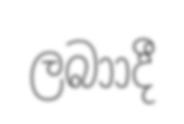
ලබාාදී